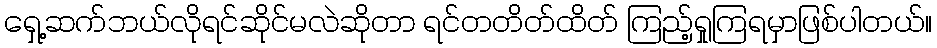
ရှေ့ဆက်ဘယ်လိုရင်ဆိုင်မလဲဆိုတာ ရင်တတိတ်ထိတ် ကြည့်ရှုကြရမှာဖြစ်ပါတယ်။